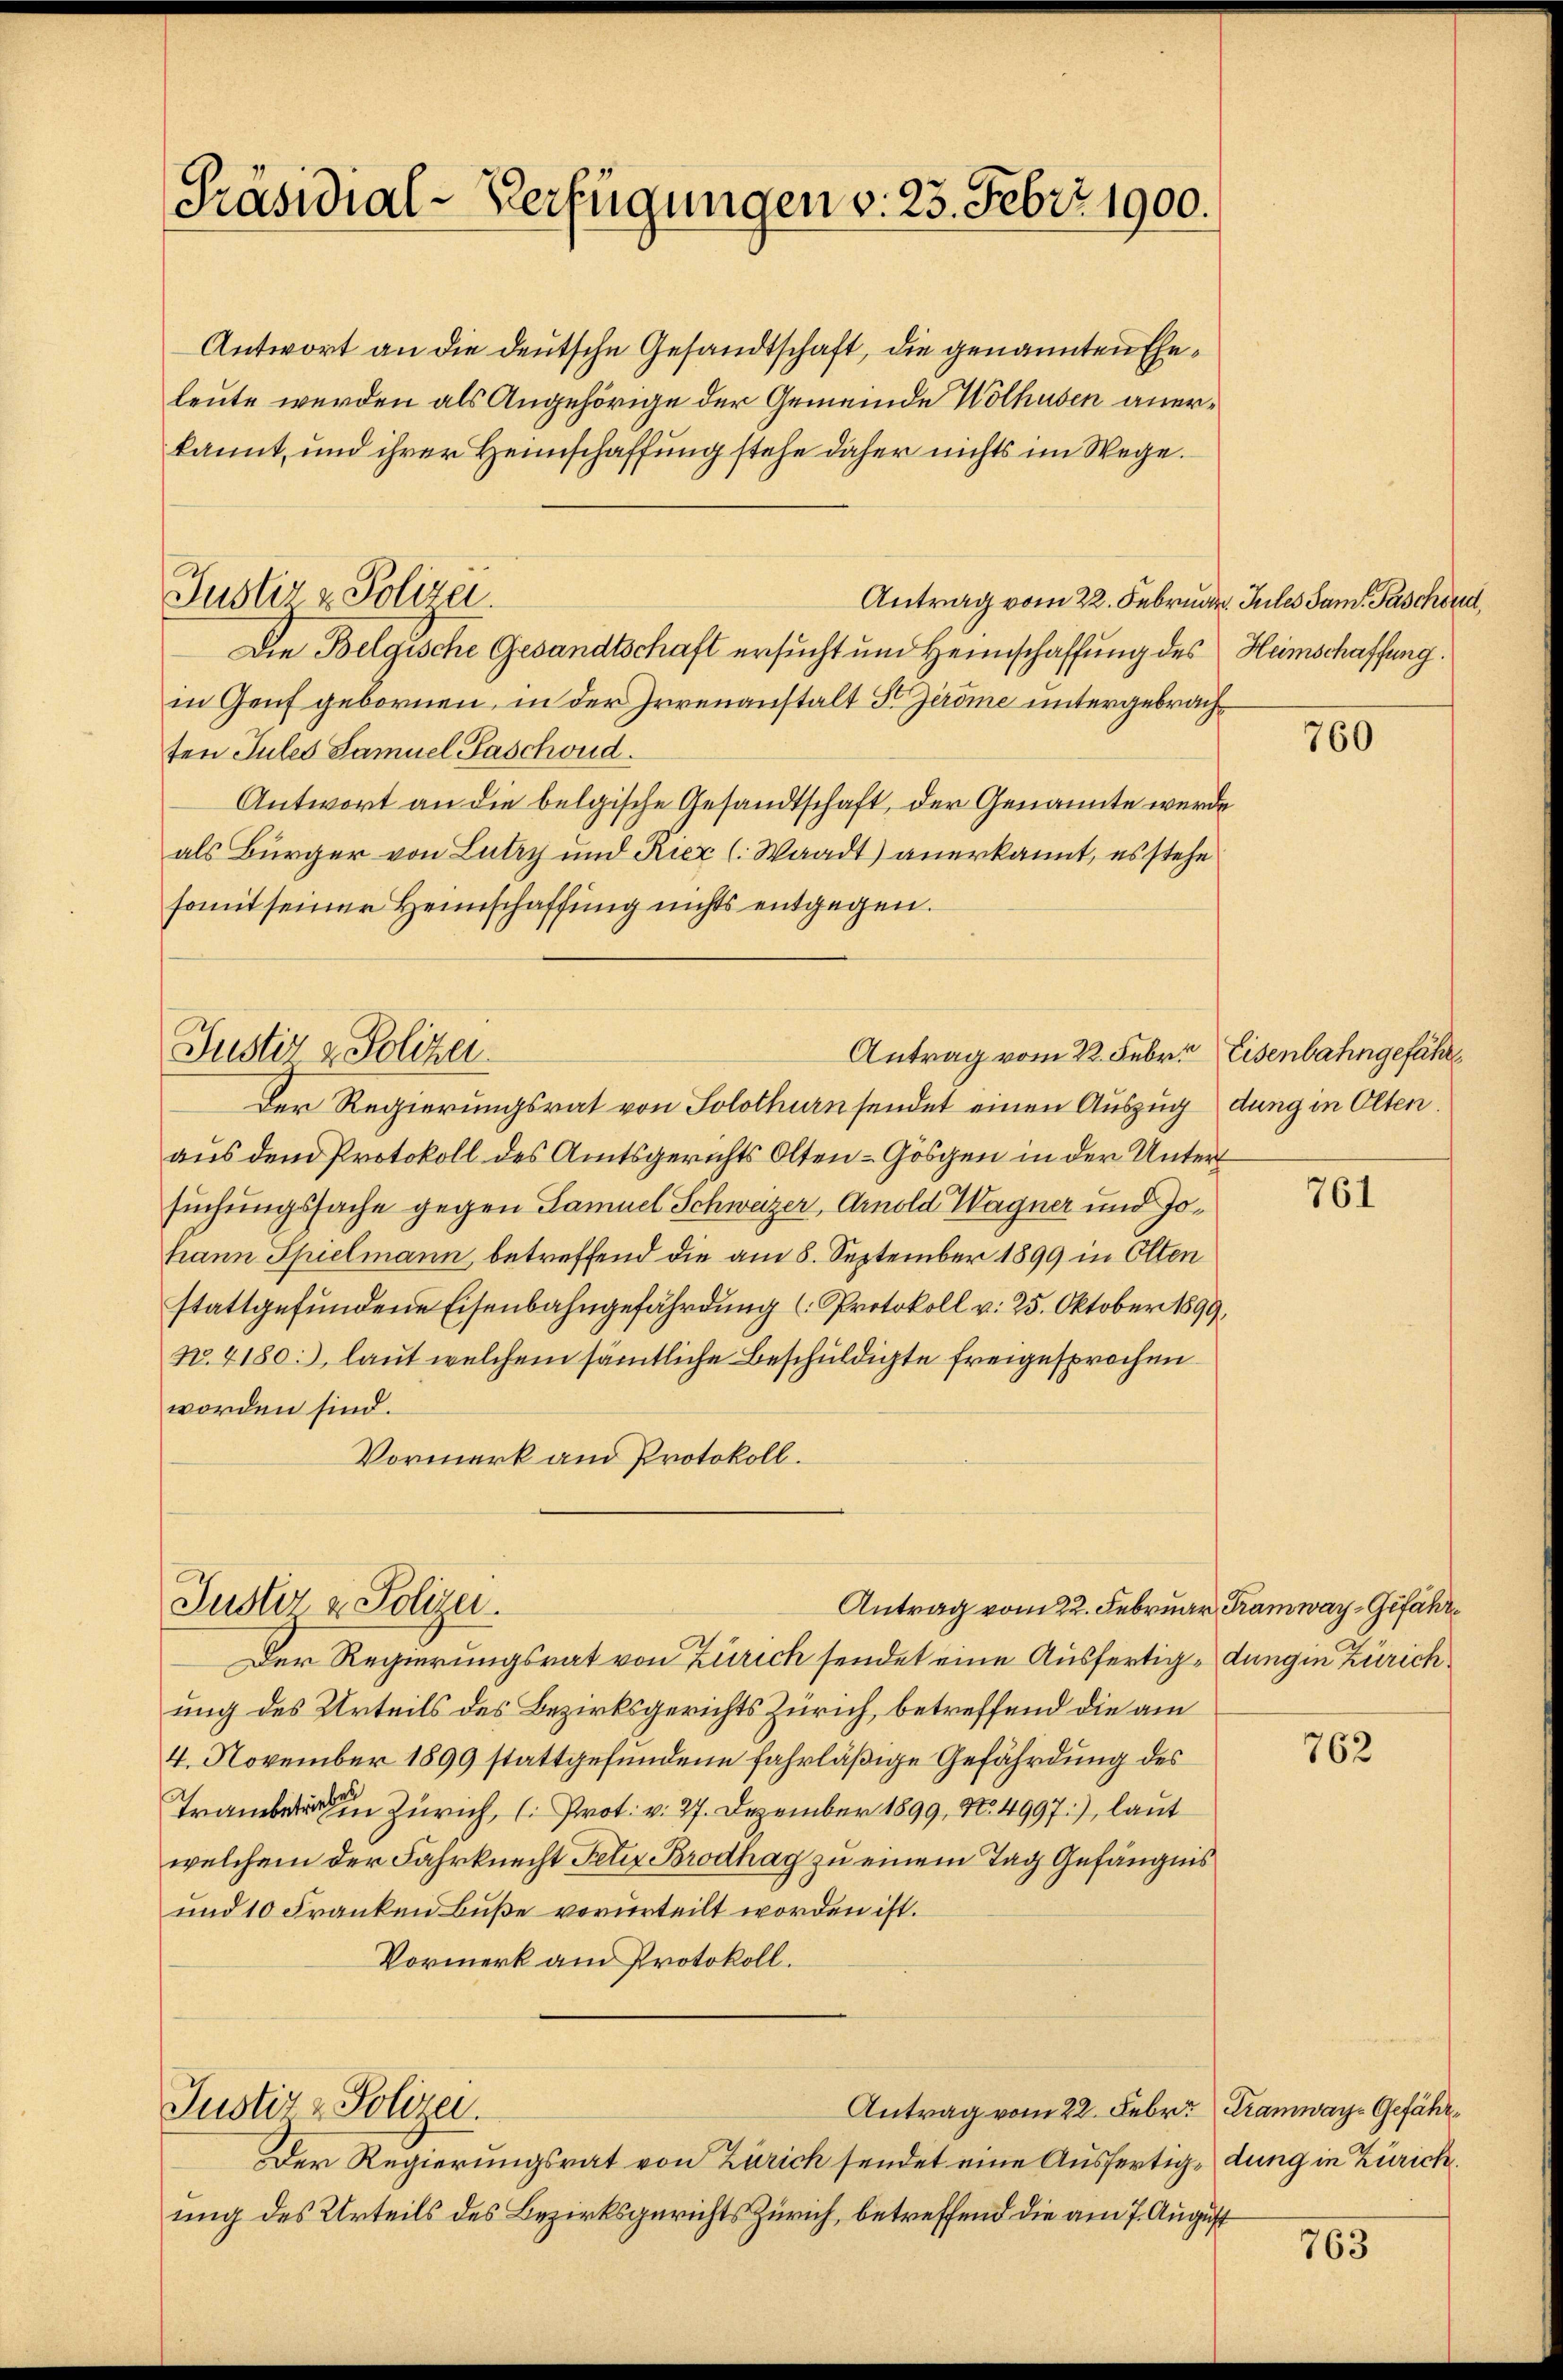
Präsidial-Verfügungen v. 23. Febr. 1900.

Antwort an die deutsche Gesandtschaft, die genannten Eheleute werden als Angehörige der Gemeinde Wolhusen anerkannt, und ihrer Heimschaffung stehe daher nichts im Wege.
Antrag vom 22. Februar. Jules Sam. Paschend,
Die Belgische Gesandtschaft ersucht und Heimschaffung des
in Genf gebornen, in der Irrenanstalt St. Geröme untergebrachten Jules Samuel Paschond.
Antwort an die belgische Gesandtschaft, der Genannte wurde
als Bürger von Lutry und Riez (Waadt) anerkannt, es stehe
somit seiner Heimschaffung nichts entgegen.
Justiz & Polizei
Antrag vom 22. Febr. Eisenbahngefähr
Der Regierungsrat von Solothurn sendet einen Auszug dung in Olten.
aus dem Protokoll des Amtsgerichts Olten-Gösgen in der Untersuchungssache gegen Samuel Schweizer, Arnold Wagner und Johann Spielmann, betreffend die am 8. September 1899 in Olten
stattgefundene Eisenbahngefährdung (Protokoll v. 25. Oktober 1899
No. 4180:), laut welchem sämtliche Beschuldigte freigesprochen
worden sind.
Vormerk am Protokoll.

Justiz & Polizei.

Justiz & Polizei.

Justiz & Polizei.

Antrag vom 22. Febr. Tramway-Gefähr¬
Der Regierungsrat von Zürich sendet eine Ausfertig,dung in Zürich
ung des Urteils des Bezirksgerichts Zürich, betreffend die am 7. August

Antrag vom 22. Februar Tramway- Gefähr¬
Der Regierungsrat von Zürich sendet eine Ausfertig-dung in Zürichung des Urteils des Bezirksgerichts Zürich, betreffend die am
4. November 1899 stattgefundene fahrläßige Gefährdung des
 Zürich, (Prot. v. 27. Dezember 1899, No. 4997), laut
welchem der Fahrknecht Peter Brodhag zu einem Tag Gefängnis
und 10 Franken Buße verurteilt worden ist.
Vormerk am Protokoll.

Heimschaffung.

760

761

762

763